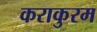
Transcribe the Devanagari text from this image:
कराकुरम